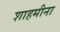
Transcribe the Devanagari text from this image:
शाहमीना